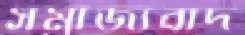
সম্রাজ্যবাদ